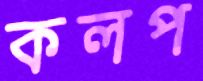
কলপ